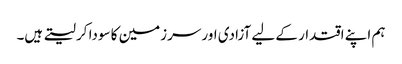
ہم اپنے اقتدار کے لیے آزادی اور سرزمین کا سودا کر لیتے ہیں۔